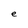
Character: e